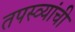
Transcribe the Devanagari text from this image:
तपस्व्यांची